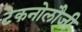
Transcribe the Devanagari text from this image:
टेकनोलौजी